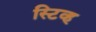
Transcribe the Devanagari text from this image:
स्टिव्ह